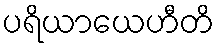
ပရိယာယေဟီတိ